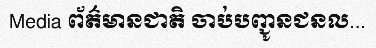
Media ព័ត៌មានជាតិ ចាប់បញ្ជូនជនល...